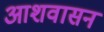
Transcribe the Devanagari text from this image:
आशवासन